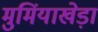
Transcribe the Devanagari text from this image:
मुमिंयाखेड़ा